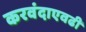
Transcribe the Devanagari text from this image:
करवंदाएवढी